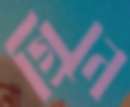
গ্রিনে